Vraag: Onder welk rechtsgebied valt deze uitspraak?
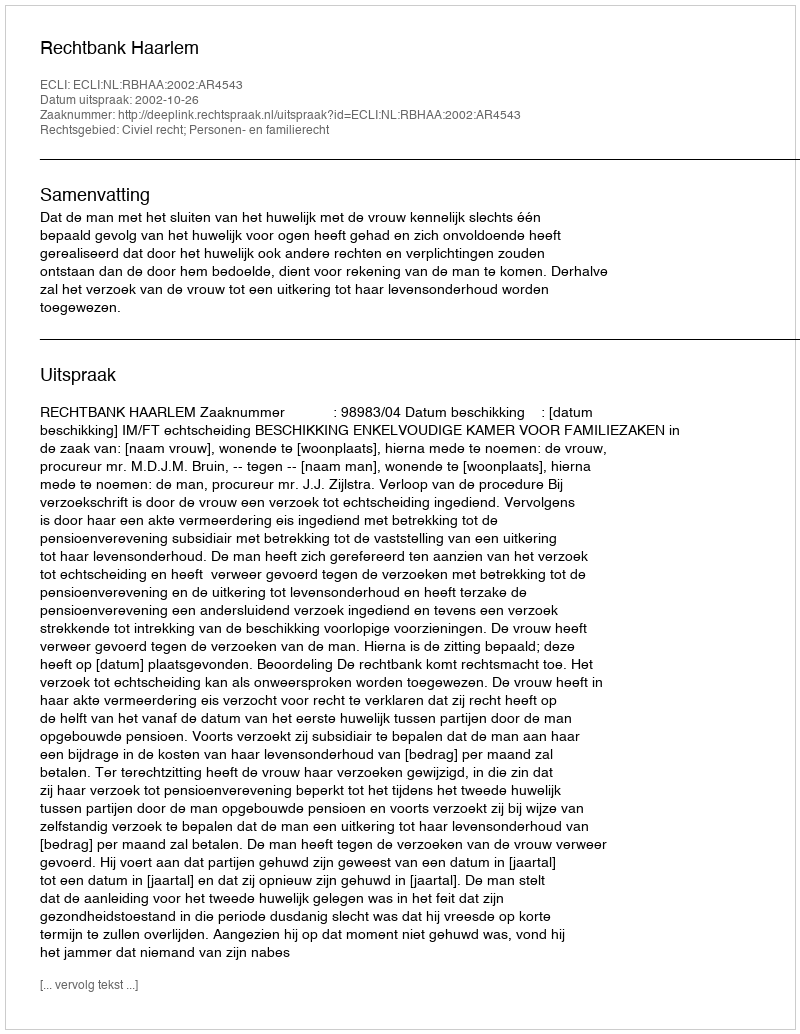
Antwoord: Civiel recht; Personen- en familierecht